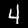
Label: 4